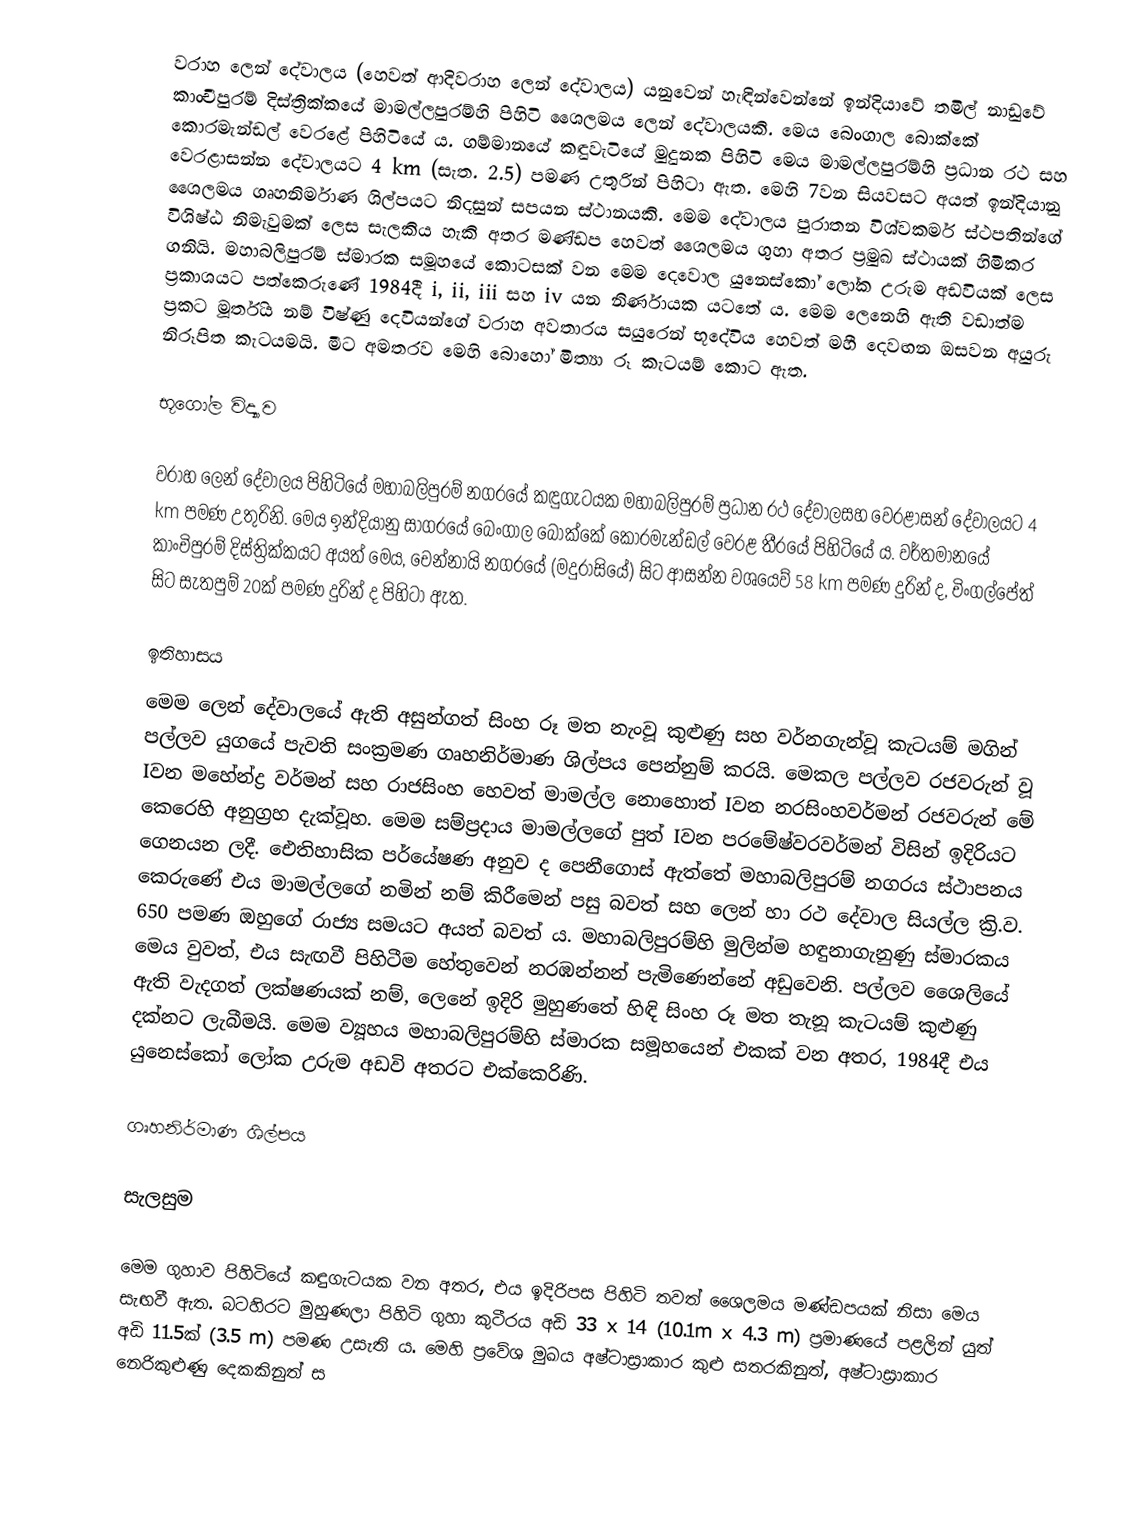
වරාහ ලෙන් දේවාලය (හෙවත් ආදිවරාහ ලෙන් දේවාලය) යනුවෙන් හැඳින්වෙන්නේ ඉන්දියාවේ තමිල් නාඩුවේ කාංචීපුරම් දිස්ත්‍රික්කයේ මාමල්ලපුරම්හි පිහිටි ශෛලමය ලෙන් දේවාලයකි. මෙය බෙංගාල බොක්කේ කොරමැන්ඩල් වෙරළේ පිහිටියේ ය. ගම්මානයේ කඳුවැටියේ මුදුනක පිහිටි මෙය මාමල්ලපුරම්හි ප්‍රධාන රථ සහ වෙරළාසන්න දේවාලයට 4 km (සැත. 2.5) පමණ උතුරින් පිහිටා ඇත. මෙහි 7වන සියවසට අයත් ඉන්දියානු ශෛලමය ගෘහනිර්මාණ ශිල්පයට නිදසුන් සපයන ස්ථානයකි. මෙම දේවාලය පුරාතන විශ්වකර්ම ස්ථපතින්ගේ විශිෂ්ඨ නිමැවුමක් ලෙස සැලකිය හැකි අතර මණ්ඩප හෙවත් ශෛලමය ගුහා අතර ප්‍රමුඛ ස්ථායක් හිමිකර ගනියි. මහාබලිපුරම් ස්මාරක සමූහයේ කොටසක් වන මෙම දෙවොල යුනෙස්කෝ ලෝක උරුම අඩවියක් ලෙස ප්‍රකාශයට පත්කෙරුණේ 1984දී i, ii, iii සහ iv යන නිර්ණායක යටතේ ය. මෙම ලෙනෙහි ඇති වඩාත්ම ප්‍රකට මූර්තිය නම් විෂ්ණු දෙවියන්ගේ වරාහ අවතාරය සයුරෙන් භූදේවිය හෙවත් මහී දෙවඟන ඔසවන අයුරු නිරූපිත කැටයමයි. මීට අමතරව මෙහි බොහෝ මිත්‍යා රූ කැටයම් කොට ඇත.

භූගෝල විද්‍යාව

වරාහ ලෙන් දේවාලය පිහිටියේ මහාබලිපුරම් නගරයේ කඳුගැටයක මහාබලිපුරම් ප්‍රධාන රථ දේවාලසහ වෙරළාසන් දේවාලයට 4 km පමණ උතුරිනි. මෙය ඉන්දියානු සාගරයේ බෙංගාල බොක්කේ කොරමැන්ඩල් වෙරළ තීරයේ පිහිටියේ ය. වර්තමානයේ කාංචිපුරම් දිස්ත්‍රික්කයට අයත් මෙය, චෙන්නායි නගරයේ (මදුරාසියේ) සිට ආසන්න වශයෙව් 58 km පමණ දුරින් ද, චිංගල්පේත් සිට සැතපුම් 20ක් පමණ දුරින් ද පිහිටා ඇත.

ඉතිහාසය
මෙම ලෙන් දේවාලයේ ඇති අසුන්ගත් සිංහ රූ මත නැංවූ කුළුණු සහ වර්නගැන්වූ කැටයම් මගින් පල්ලව යුගයේ පැවති සංක්‍රමණ ගෘහනිර්මාණ ශිල්පය පෙන්නුම් කරයි. මෙකල පල්ලව රජවරුන් වූ Iවන මහේන්ද්‍ර වර්මන් සහ රාජසිංහ හෙවත් මාමල්ල නොහොත් Iවන නරසිංහවර්මන් රජවරුන් මේ කෙරෙහි අනුග්‍රහ දැක්වූහ. මෙම සම්ප්‍රදාය මාමල්ලගේ පුත් Iවන පරමේෂ්වර‍වර්මන් විසින් ඉදිරියට ගෙනයන ලදී. ඓතිහාසික පර්යේෂණ අනුව ද පෙනීගොස් ඇත්තේ මහාබලිපුරම් නගරය ස්ථාපනය කෙරුණේ එය මාමල්ලගේ නමින් නම් කිරීමෙන් පසු බවත් සහ ලෙන් හා රථ දේවාල සියල්ල ක්‍රි.ව. 650 පමණ ඔහුගේ රාජ්‍ය සමයට අයත් බවත් ය. මහාබලිපුරම්හි මුලින්ම හඳුනාගැනුණු ස්මාරකය මෙය වුවත්, එය සැඟවී පිහිටීම හේතුවෙන් නරඹන්නන් පැමිණෙන්නේ අඩුවෙනි. පල්ලව ශෛලියේ ඇති වැදගත් ලක්ෂණයක් නම්, ලෙනේ ඉදිරි මුහුණතේ හිඳි සිංහ රූ මත තැනූ කැටයම් කුළුණු දක්නට ලැබීමයි. මෙම ව්‍යූහය මහාබලිපුරම්හි ස්මාරක සමූහයෙන් එකක් වන අතර, 1984දී එය යුනෙස්කෝ ලෝක උරුම අඩවි අතරට එක්කෙරිණි.

ගෘහනිර්මාණ ශිල්පය

සැලසුම

මෙම ගුහාව පිහිටියේ කඳුගැටයක වන අතර, එය ඉදිරිපස පිහිටි තවත් ශෛලමය මණ්ඩපයක් නිසා මෙය සැඟවී ඇත. බටහිරට මුහුණලා පිහිටි ගුහා කුටීරය අඩි 33 x 14 (10.1m x 4.3 m) ප්‍රමාණයේ පළලින් යුත් අඩි 11.5ක් (3.5 m) පමණ උසැති ය. මෙහි ප්‍රවේශ මුඛය අෂ්ටාස්‍රාකාර කුළු සතරකිනුත්, අෂ්ටාස්‍රාකාර නෙරිකුළුණු දෙකකිනුත් ස